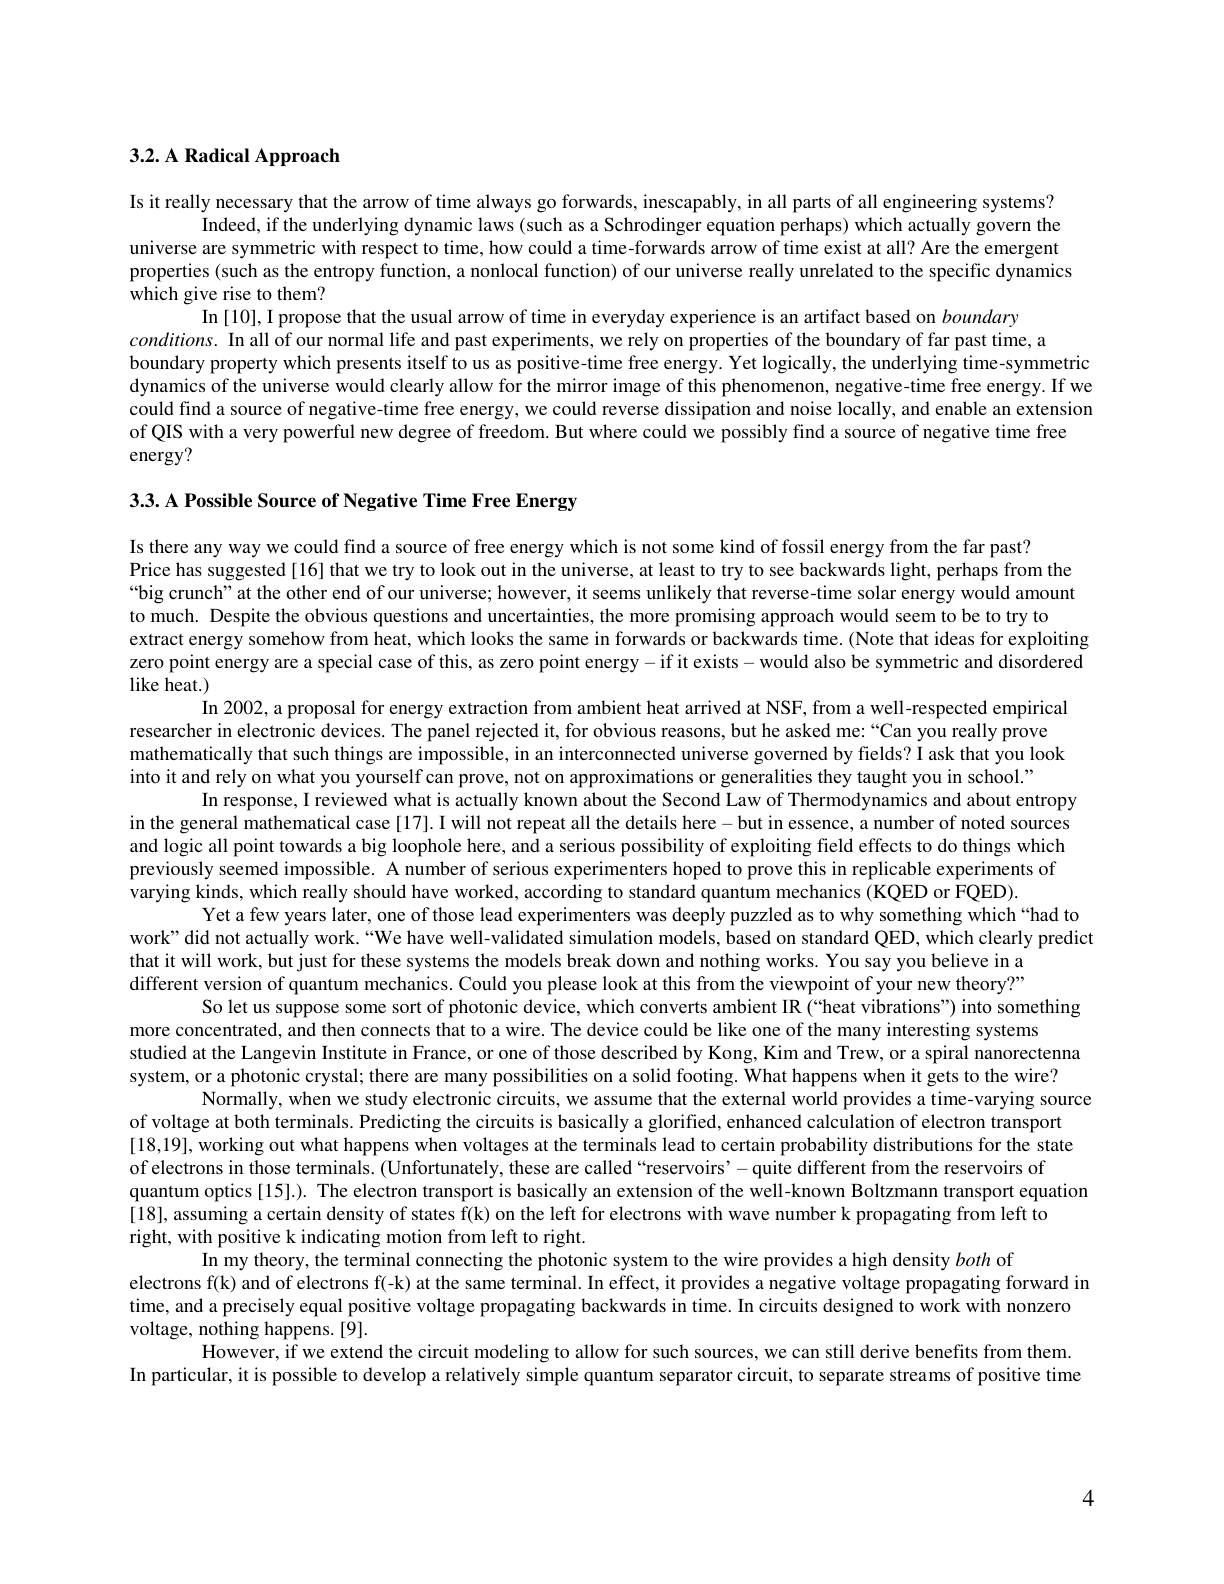
# 3.2. A Radical Approach

Is it really necessary that the arrow of time always go forwards, inescapably, in all parts of all engineering systems?
Indeed, if the underlying dynamic laws (such as a Schrodinger equation perhaps) which actually govern the
universe are symmetric with respect to time, how could a time-forwards arrow of time exist at all? Are the emergent properties (such as the entropy function, a nonlocal function) of our universe really unrelated to the specific dynamics which give rise to them?

In [10], I propose that the usual arrow of time in everyday experience is an artifact based on boundary
$conditions.$ In all of our normal life and past experiments, we rely on properties of the boundary of far past time, a
boundary property which presents itself to us as positive-time free energy. Yet logically, the underlying time-symmetric dynamics of the universe would clearly allow for the mirror image of this phenomenon, negative-time free energy. If we could find a source of negative-time free energy, we could reverse dissipation and noise locally, and enable an extension of QIS with a very powerful new degree of freedom. But where could we possibly find a source of negative time free
energy?

3.3. A Possible Source of Negative Time Free Energy

Is there any way we could find a source of free energy which is not some kind of fossil energy from the far past?
Price has suggested[16] that we try to look out in the universe, at least to try to see backwards light, perhaps from the “big crunch”at the other end of our universe; however, it seems unlikely that reverse-time solar energy would amount to much. Despite the obvious questions and uncertainties, the more promising approach would seem to be try to
extract energy somehow from heat, which looks the same in forwards or backwards time. (Note that ideas for exploiting zero point energy are a special case of this, as zero point energy- if it exists - would also be symmetric and disordered like heat.)

In 2002, a proposal for energy extraction from ambient heat arrived at NSF, from a well-respected empirical
researcher in electronic devices. The panel rejected it, for obvious reasons, but he asked me: “Can you really prove mathematically that such things are impossible, in an interconnected universe governed by fields? I ask that you look into it and rely on what you yourself can prove, not on approximations or generalities they taught you in school."
In response, I reviewed what is actually known about the Second Law of Thermodynamics and about entropy
in the general mathematical case [17]. I will not repeat all the details here - but in essence, a number of noted sources and logic all point towards a big loophole here, and a serious possibility of exploiting field effects to do things which previously seemed impossible. A number of serious experimenters hoped to prove this in replicable experiments of varying kinds, which really should have worked, according to standard quantum mechanics (KQED or FQED).
Yet a few years later, one of those lead experimenters was deeply puzzled as to why something which “had to
work" did not actually work.“We have well-validated simulation models, based on standard QED, which clearly predict
that it will work, but just for these systems the models break down and nothing works. You say you believe in a different version of quantum mechanics. Could you please look at this from the viewpoint of your new theory?"
So let us suppose some sort of photonic device, which converts ambient IR (“heat vibrations”) into something
more concentrated, and then connects that to a wire. The device could be like one of the many interesting systems
studied at the Langevin Institute in France, or one of those described by Kong, Kim and Trew, or a spiral nanorectenna
system, or a photonic crystal; there are many possibilities on a solid footing. What happens when it gets to the wire?
Normally, when we study electronic circuits, we assume that the external world provides a time-varying source
of voltage at both terminals. Predicting the circuits is basically a glorified, enhanced calculation of electron transport [18,19], working out what happens when voltages at the terminals lead to certain probability distributions for the state of electrons in those terminals. (Unfortunately, these are called “reservoirs’-quite different from the reservoirs of
quantum optics [15].). The electron transport is basically an extension of the well-known Boltzmann transport equation
[18], assuming a certain density of states f(k) on the left for electrons with wave number k propagating from left to
right, with positive k indicating motion from left to right.
In my theory, the terminal connecting the photonic system to the wire provides a high density both of
electrons f(k) and of electrons f(-k) at the same terminal. In effect, it provides a negative voltage propagating forward in
time, and a precisely equal positive voltage propagating backwards in time. In circuits designed to work with nonzero
voltage, nothing happens. [9].
However, if we extend the circuit modeling to allow for such sources, we can still derive benefits from them.
In particular, it is possible to develop a relatively simple quantum separator circuit, to separate streams of positive time

4